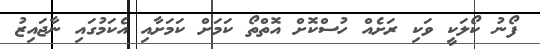
ފޯނު ކޯލަކީ ވަކި ރަށެއް ހުސްކޮށް އޮތްތޯ ކަމަށް ކަމަށާއި އެކަމުގައި ނާޖައިޒު